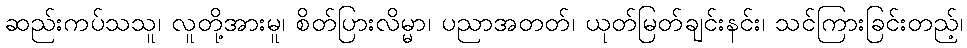
ဆည်းကပ်သသူ၊ လူတို့အားမူ၊ စိတ်ပြားလိမ္မာ၊ ပညာအတတ်၊ ယုတ်မြတ်ချင်းနင်း၊ သင်ကြားခြင်းတည့်၊